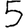
Digit: 5